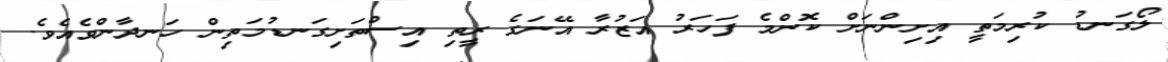
ލޯގަނޑު ކުރިމަތީ އިށިންނަށް ކޮންމެ ފަހަރު އަޒުރާ އޭނަގެ ރީތި އިސްތަށިގަނޑުމަތިން ހަނދާންވެއެވެ.